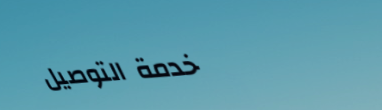
خدمة التوصيل